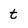
Character: t